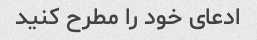
ادعای خود را مطرح کنید